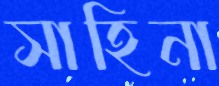
সাহিনা